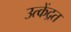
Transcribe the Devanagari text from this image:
उत्केंद्रत